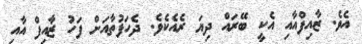
އެވެ. ޒާއިފްއާއި އެކީ ބޭރައް ދިޔަ ރެއެކެވެ. ދެހަފުތާއަށް ފަހު ޒާއިފް އާއި